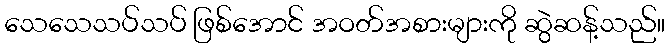
သေသေသပ်သပ် ဖြစ်အောင် အဝတ်အစားများကို ဆွဲဆန့်သည်။